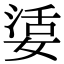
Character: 𡞠